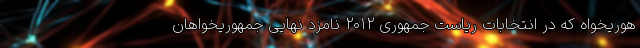
هوریخواه که در انتخابات ریاست جمهوری 2012 نامزد نهایی جمهوریخواهان